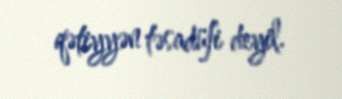
qətiyyən təsadüfi deyil.